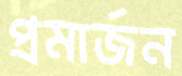
প্রমার্জন